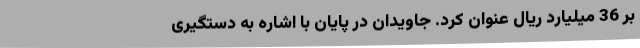
بر 36 میلیارد ریال عنوان کرد. جاویدان در پایان با اشاره به دستگیری